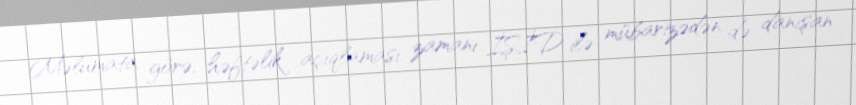
Məlumata görə, həftəlik açıqlaması zamanı İŞİD ilə mübarizədən də danışan